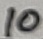
Text: 10